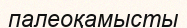
палеоқамысты